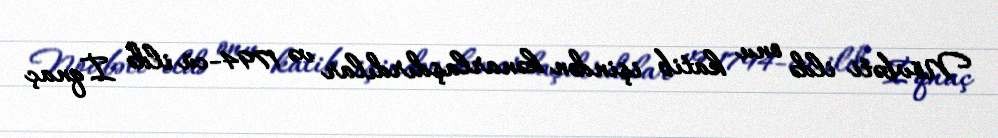
Növbəti ildə onu katib işindən kənarlaşdırdılar və 1794-cü ildə İqnaç